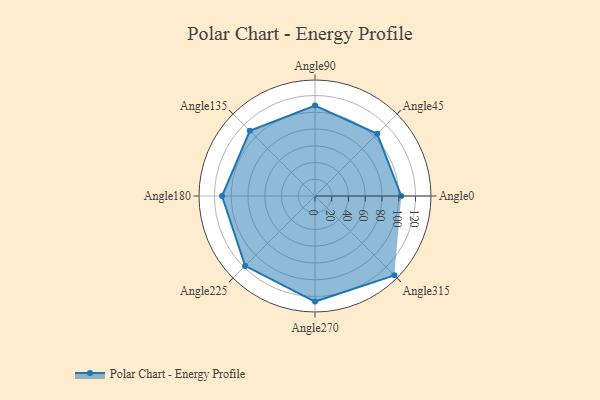
{"axis": {"x": "Angle", "y": "Radius"}, "legend": [""], "data": [{"x": "Angle0", "y": 103.0, "type": ""}, {"x": "Angle45", "y": 105.0, "type": ""}, {"x": "Angle90", "y": 108.0, "type": ""}, {"x": "Angle135", "y": 110.0, "type": ""}, {"x": "Angle180", "y": 111.0, "type": ""}, {"x": "Angle225", "y": 118.0, "type": ""}, {"x": "Angle270", "y": 126.0, "type": ""}, {"x": "Angle315", "y": 134.0, "type": ""}]}